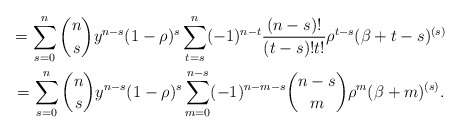
\begin{gather*}=\sum_{s=0}^{n}\binom{n}{s}y^{n-s}(1-\rho )^{s}\sum_{t=s}^{n}(-1)^{n-t}\frac{(n-s)!}{(t-s)!t!}\rho ^{t-s}(\beta +t-s)^{(s)} \\=\sum_{s=0}^{n}\binom{n}{s}y^{n-s}(1-\rho )^{s}\sum_{m=0}^{n-s}(-1)^{n-m-s}\binom{n-s}{m}\rho ^{m}(\beta +m)^{(s)}.\end{gather*}